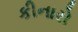
કીનારો